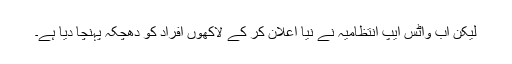
لیکن اب واٹس ایپ انتظامیہ نے نیا اعلان کر کے لاکھوں افراد کو دھچکہ پہنچا دیا ہے۔